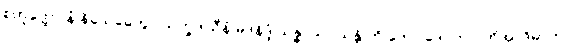
စတုတ္ထော နံ နိသေဓေတွာ ယက္ခဒါသီနံ မဒနိဒ္ဒံ သန္ဓာယ “သန္တိ ဟိ ဘော ဒေဝတာ”တိအာဒိမာဟ။